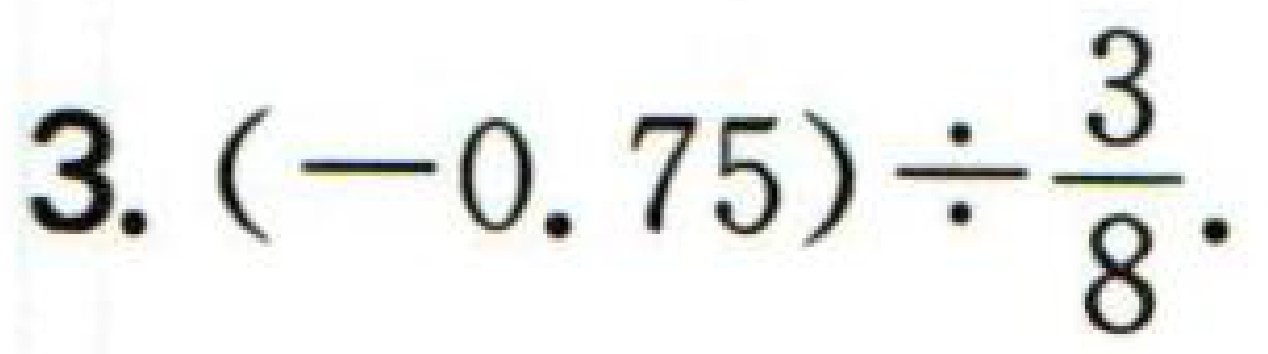
3. \((-0.75)\div\frac{3}{8}\)